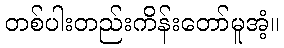
တစ်ပါးတည်းကိန်းတော်မူအံ့။